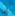
إذا